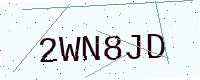
Text: 2WN8JD